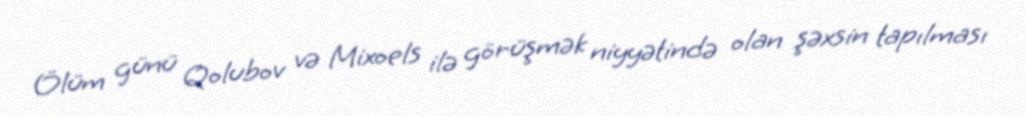
Ölüm günü Qolubov və Mixoels ilə görüşmək niyyətində olan şəxsin tapılması